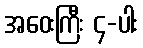
အဝေးကြီး ၄-ပါး